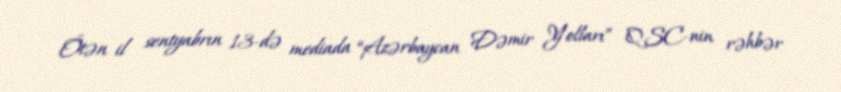
Ötən il sentyabrın 13-də mediada “Azərbaycan Dəmir Yolları” QSC-nin rəhbər